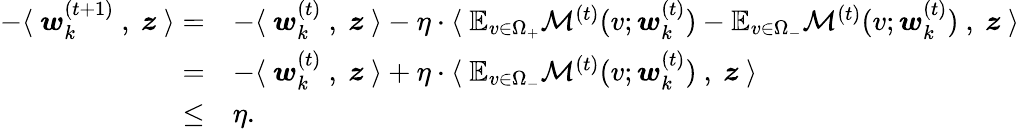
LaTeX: \begin{array}{rl}{-\langle~{\boldsymbol w}_{k}^{(t+1)}~,~{\boldsymbol z}~\rangle=}&{-\langle~{\boldsymbol w}_{k}^{(t)}~,~{\boldsymbol z}~\rangle-\eta\cdot\langle~\mathbb{E}_{v\in\Omega_{+}}\mathcal{M}^{(t)}(v;{\boldsymbol w}_{k}^{(t)})-\mathbb{E}_{v\in\Omega_{-}}\mathcal{M}^{(t)}(v;{\boldsymbol w}_{k}^{(t)})~,~{\boldsymbol z}~\rangle}\\ {=}&{-\langle~{\boldsymbol w}_{k}^{(t)}~,~{\boldsymbol z}~\rangle+\eta\cdot\langle~\mathbb{E}_{v\in\Omega_{-}}\mathcal{M}^{(t)}(v;{\boldsymbol w}_{k}^{(t)})~,~{\boldsymbol z}~\rangle}\\ {\le}&{\eta.}\end{array}